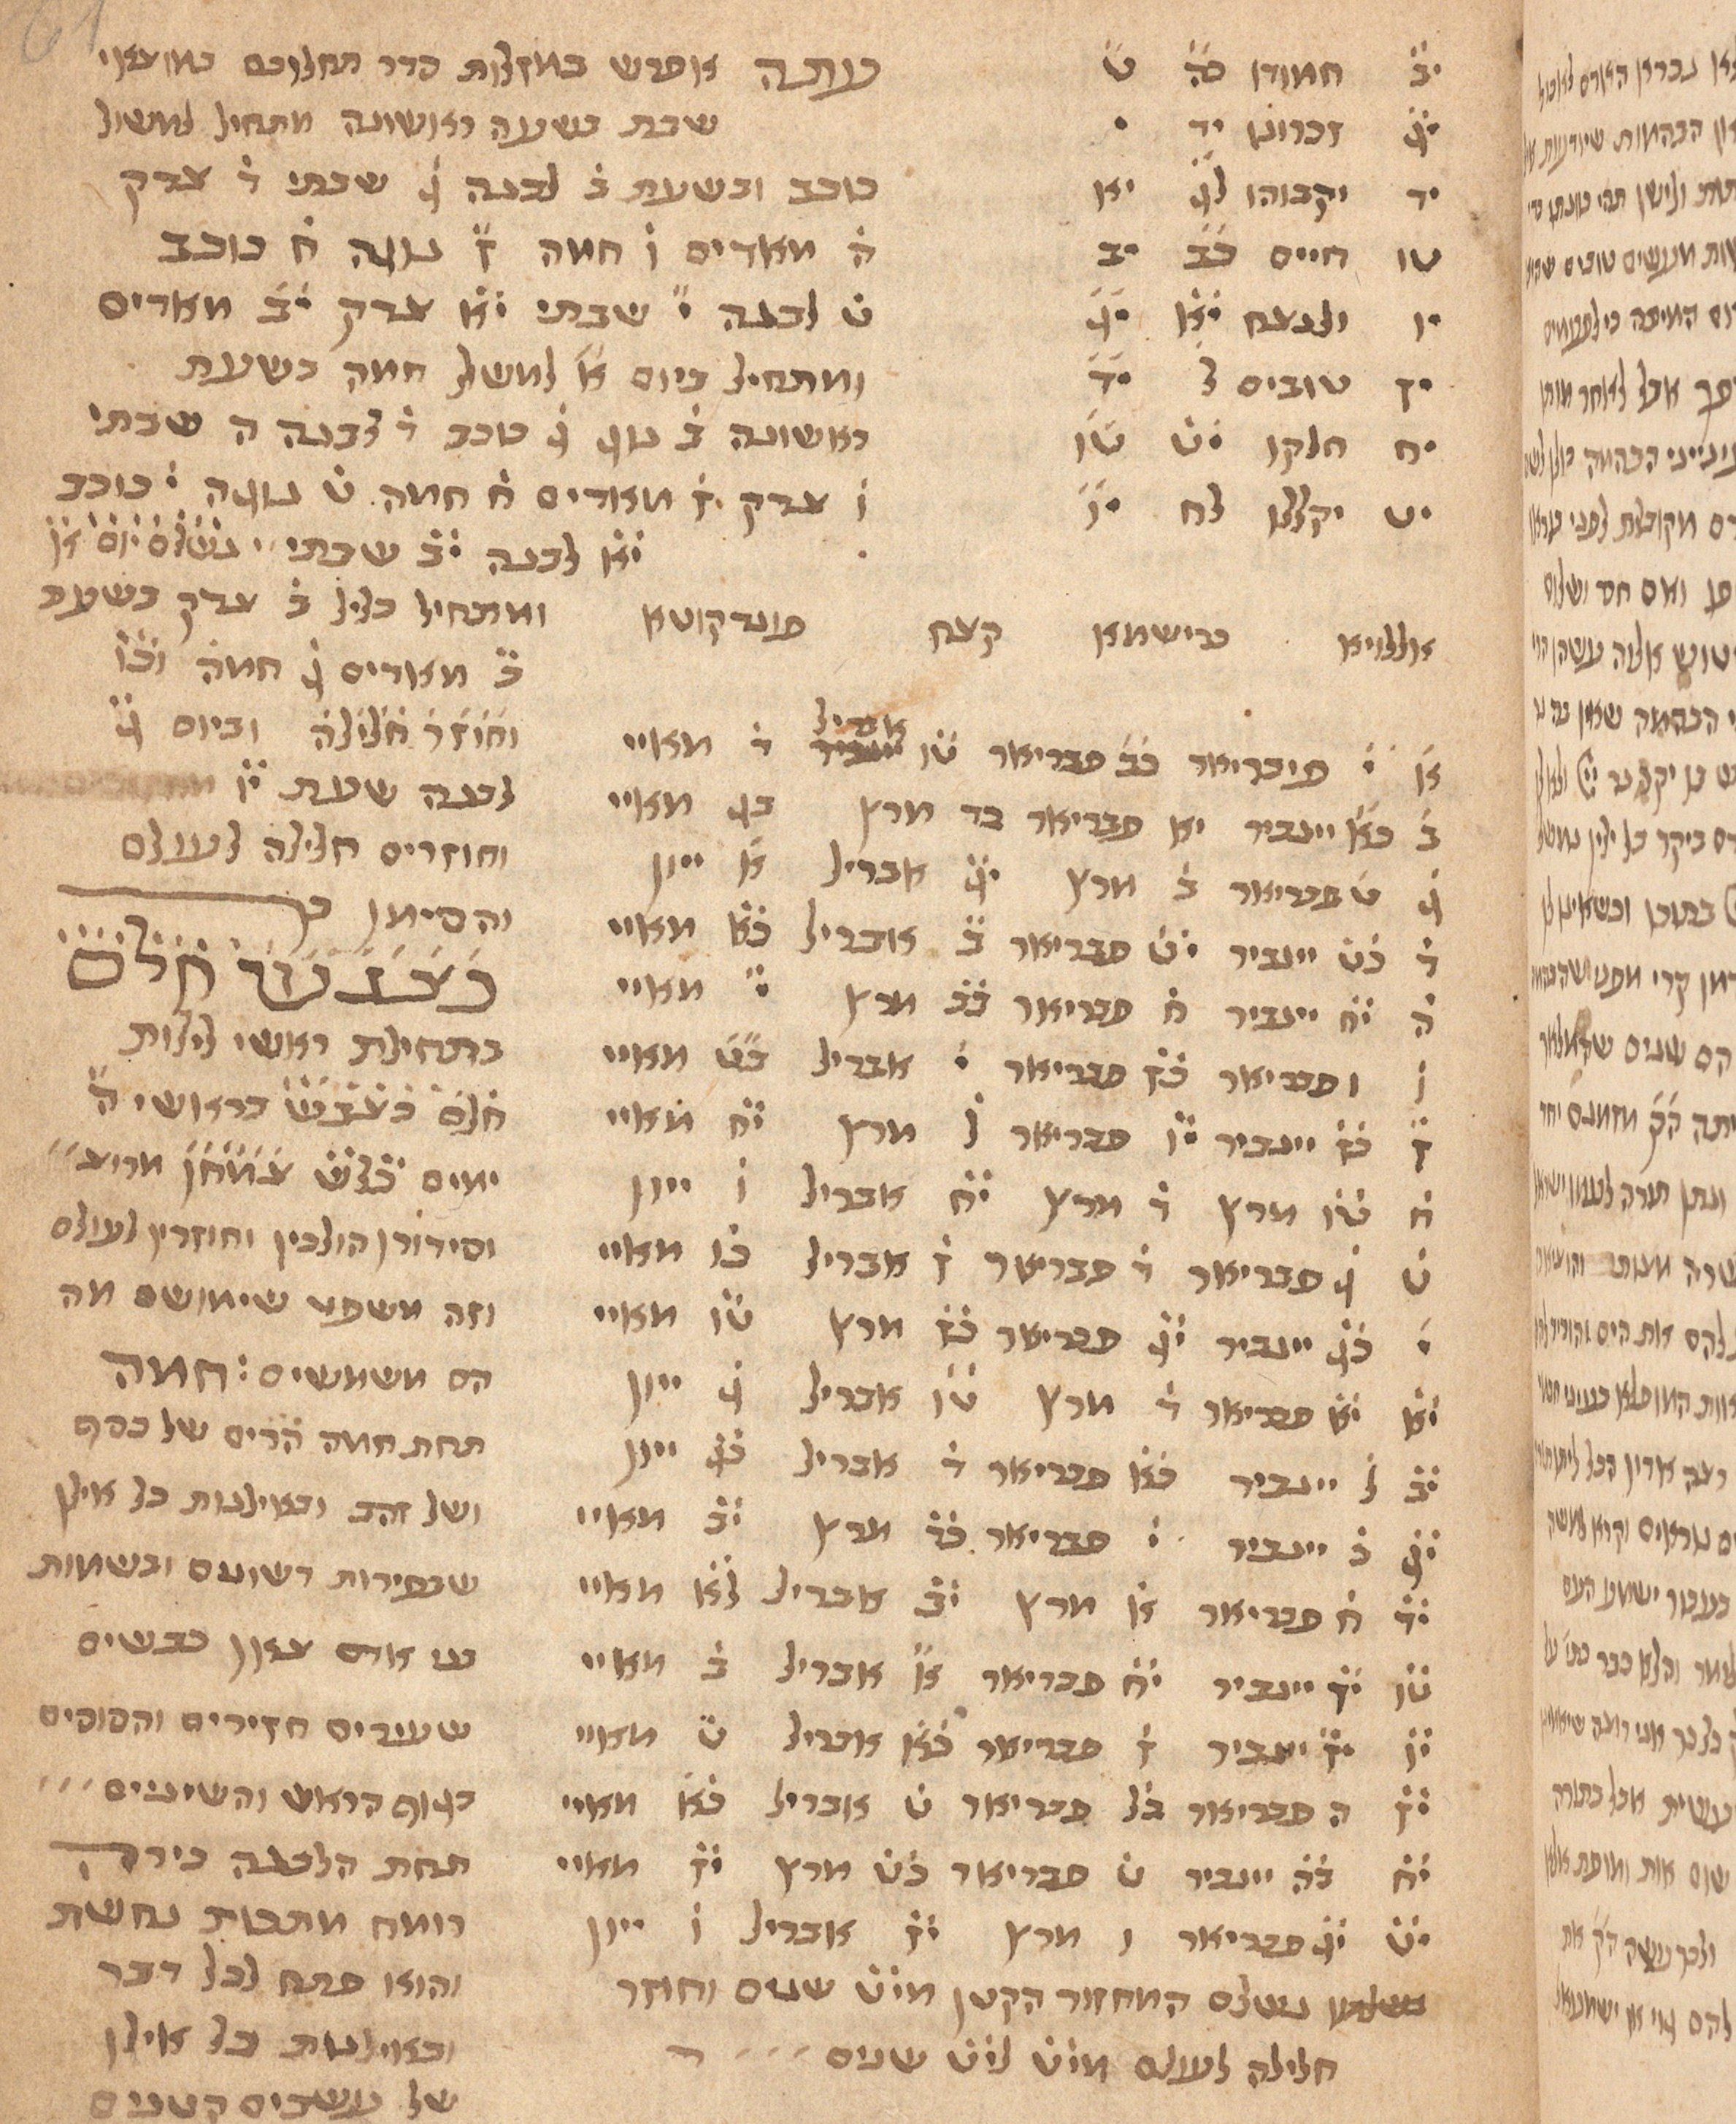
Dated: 1435–1465